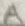
Text: A